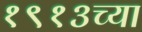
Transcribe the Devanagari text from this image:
१९१३च्या